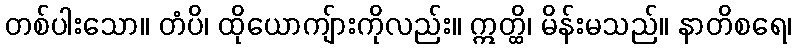
တစ်ပါးသော။ တံပိ၊ ထိုယောကျ်ားကိုလည်း။ ဣတ္ထိ၊ မိန်းမသည်။ နာတိစရေ၊